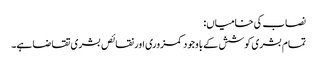
نصاب کی خامیاں:
تمام بشری کوشش کے باوجود کمزوری اور نقائص بشری تقاضا ہے۔